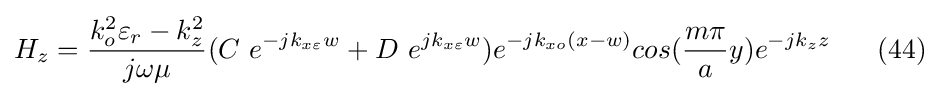
H_{z}={\frac {k_{o}^{2}\varepsilon _{r}-k_{z}^{2}}{j\omega \mu }}(C\ e^{-jk_{x\varepsilon }w}+D\ e^{jk_{x\varepsilon }w})e^{-jk_{xo}(x-w)}cos({\frac {m\pi }{a}}y)e^{-jk_{z}z}\ \ \ \ \ (44)